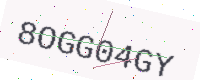
Text: 8OGG04GY